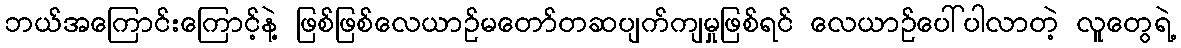
ဘယ်အကြောင်းကြောင့်နဲ့ ဖြစ်ဖြစ်လေယာဉ်မတော်တဆပျက်ကျမှုဖြစ်ရင် လေယာဉ်ပေါ်ပါလာတဲ့ လူတွေရဲ့